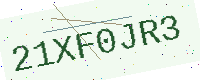
Text: 21XF0JR3